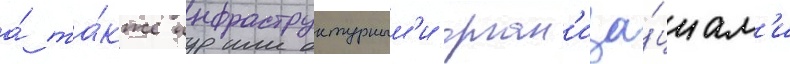
а́ та́кже инфраструктурным'и орган'иза́циам'и